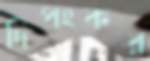
দিপংকর